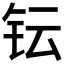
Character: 𮷹